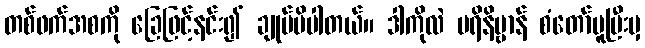
တစ်ဖက်အစကို ခြေဖြင့်နင်း၍ ချုပ်မိပါတယ်။ ဒါကိုလဲ ပရိနိဗ္ဗာန် စံတော်မူပြီးမှ